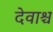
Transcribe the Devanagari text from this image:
देवाश्च